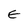
Character: E